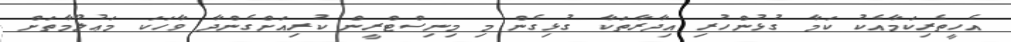
އެހީތެރިކަމާއެކު ކަމާ ގުޅުންހުރި އިދާރާތަކާ ގުޅިގެން މި މިނިސްޓްރީން ކުރިއަށްގެންދާ ވާހަކަ މަޢުލޫމާތަށް